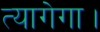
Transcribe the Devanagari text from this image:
त्यागेगा।